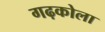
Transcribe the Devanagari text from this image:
गढ़कोला